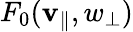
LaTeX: F_{0}(\mathbf{v}_{\parallel},w_{\perp})